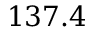
1 3 7 . 4